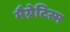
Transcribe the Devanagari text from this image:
मैग्नेटिस्म